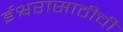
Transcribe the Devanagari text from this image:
ईश्वरासाठीची